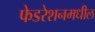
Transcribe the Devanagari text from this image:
फेडरेशनमधील